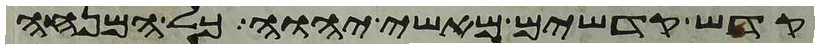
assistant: קדש קדשים מאשי יהוה כל המנחה